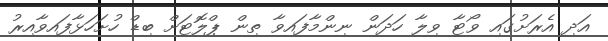
އަދި އެރަށުގައި ވޯޓާ ވިލާ ހަދަން ނިންމާފައިވާ ތިން ޕްލޮޓަށް ބިޑް ހުށަހަޅާފައިވާއިރު